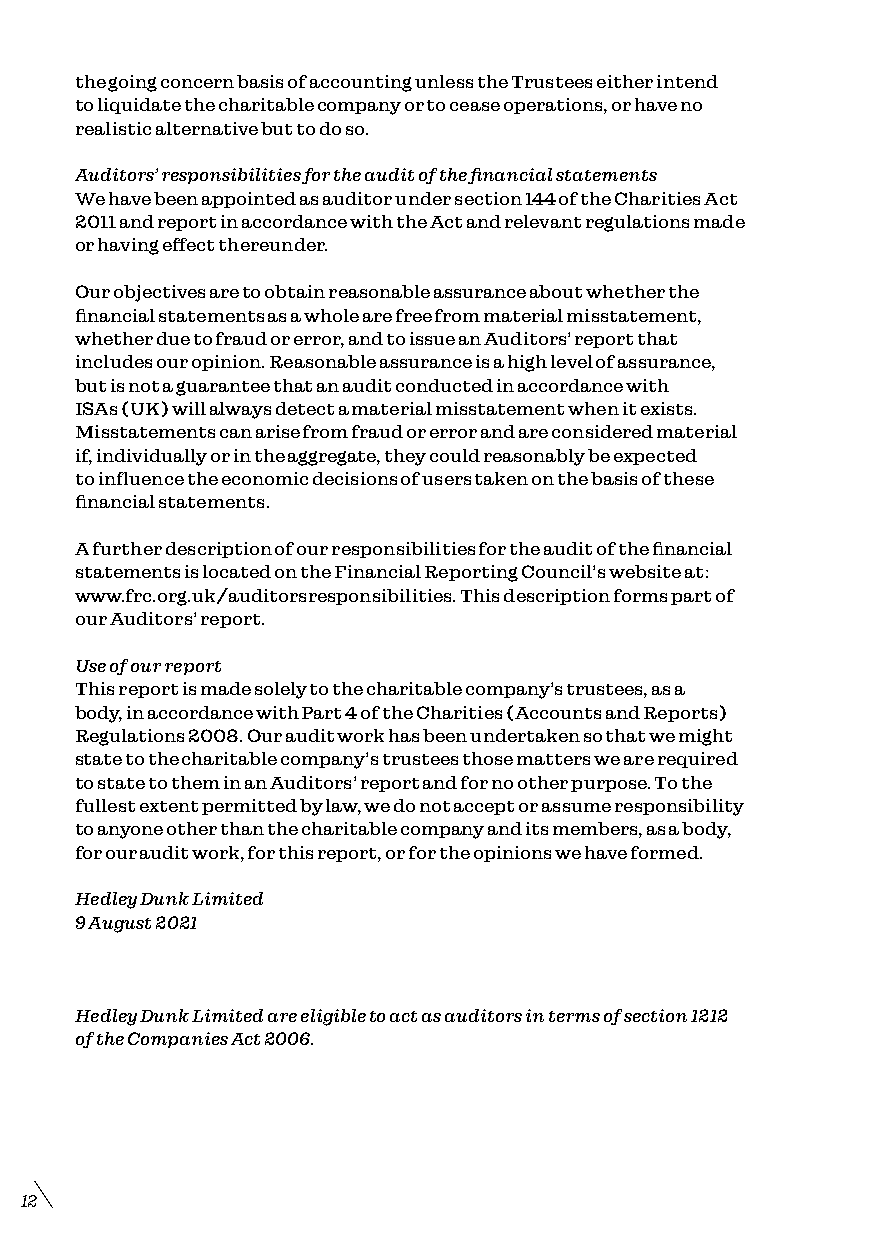
the going concern basis of accounting unless the Trustees either intend
 to liquidate the charitable company or to cease operations, or have no
 realistic alternative but to do so.
 Auditors’ responsibilities for the audit of the financial statements
 We have been appointed as auditor under section 144 of the Charities Act
 2011 and report in accordance with the Act and relevant regulations made
 or having effect thereunder.
 Our objectives are to obtain reasonable assurance about whether the
 financial statements as a whole are free from material misstatement,
 whether due to fraud or error, and to issue an Auditors’ report that
 includes our opinion. Reasonable assurance is a high level of assurance,
 but is not a guarantee that an audit conducted in accordance with
 ISAs (UK) will always detect a material misstatement when it exists.
 Misstatements can arise from fraud or error and are considered material
 if, individually or in the aggregate, they could reasonably be expected
 to influence the economic decisions of users taken on the basis of these
 financial statements.
 A further description of our responsibilities for the audit of the financial
 statements is located on the Financial Reporting Council’s website at:
 www.frc.org.uk/auditorsresponsibilities. This description forms part of
 our Auditors’ report.
 Use of our report
 This report is made solely to the charitable company’s trustees, as a
 body, in accordance with Part 4 of the Charities (Accounts and Reports)
 Regulations 2008. Our audit work has been undertaken so that we might
 state to the charitable company’s trustees those matters we are required
 to state to them in an Auditors’ report and for no other purpose. To the
 fullest extent permitted by law, we do not accept or assume responsibility
 to anyone other than the charitable company and its members, as a body,
 for our audit work, for this report, or for the opinions we have formed.
 Hedley Dunk Limited
 9 August 2021
 Hedley Dunk Limited are eligible to act as auditors in terms of section 1212
 of the Companies Act 2006.
 12